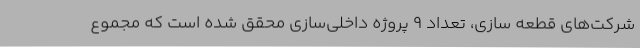
شرکت‌های قطعه سازی، تعداد 9 پروژه داخلی‌سازی محقق شده است که مجموع